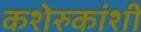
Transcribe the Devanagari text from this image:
कशेरुकांशी